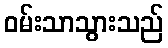
ဝမ်းသာသွားသည်